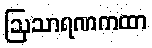
ဩသာရဏကထာ